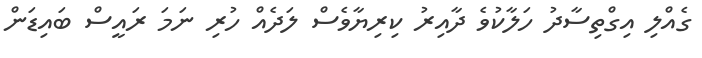
ގެއްލި އިގްތިސާދު ހަލާކުވެ ދާއިރު ކިރިޔާވެސް ލަދެއް ހުރި ނަމަ ރައީސް ބައިޑަން